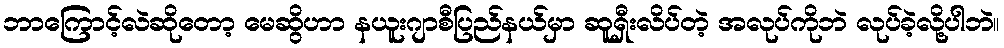
ဘာကြောင့်လဲဆိုတော့ မေဆွိဟာ နယူးဂျာစီပြည်နယ်မှာ ဆူရှီးလိပ်တဲ့ အလုပ်ကိုဘဲ လုပ်ခဲ့လို့ပါဘဲ။